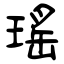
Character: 瑤